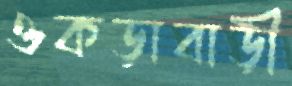
ওকড়াবাড়ী